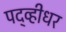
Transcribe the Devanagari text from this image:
पद्व्हीधर